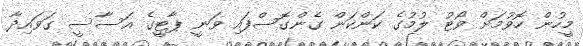
މީހުން ހޮވުމަށް ވޯޓު ލުމުގެ ކަންކަން ގެންގޮސްފައި ވަނީ ޕާޓީގެ އަސާސީ ގަވައިދާ